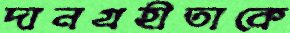
দানগ্রহীতাকে